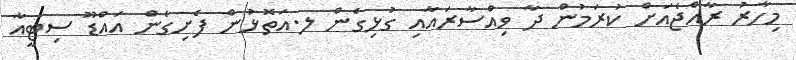
މިހާރު ރާއްޖެއަށް ކުރަމުން ދާ ވިއްސާރައާއި ގުޅިގެން ލ.އަތޮޅުން ފެށިގެން އައްޑޫ ސިޓީއާ